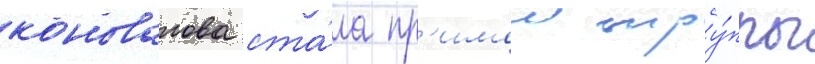
коновалова ста́ла пр'имои тру́ппы